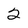
Character: 2